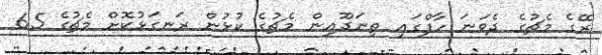
ރޭގެ މެޗުގެ ދެވަނަ ހާފްގައި ތިނަދޫއިން މެޗުގެ ކުޅުން ރަނގަޅުކޮށް މެޗުގެ 65